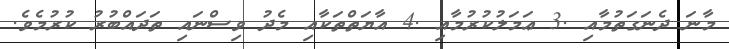
މާނަ ދެނަގަތުމާއި .3 ޢަމަލުކުރުމާއި .4 އާޔަތްތަކާއި މެދު ވިސްނައި ތަދައްބުރު ކުރުމެވެ.